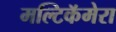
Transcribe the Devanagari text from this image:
मल्टिकॅमेरा